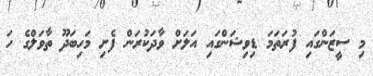
މި ސީޒަންގައި ފުރަތަމަ ޑިވިޝަންގައި އަލަށް ވާދަކުރަން ފެށި މަހިބަދޫ ތާވަލްގެ ހަ